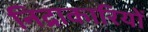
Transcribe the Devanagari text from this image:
निद्राकारियों